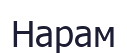
Нарам